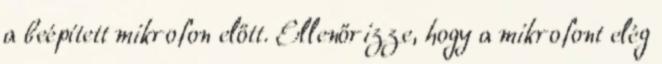
a beépített mikrofon előtt. Ellenőrizze, hogy a mikrofont elég